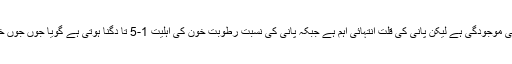
خون کے بہائو میں ایک دوسرا مانع پلازما یا رطوبات خون میں لحمی اجزاء کی موجودگی ہے لیکن پانی کی قلت انتہائی اہم ہے جبکہ پانی کی نسبت رطوبت خون کی اہلیت 1-5 تا دگنا ہوتی ہے گویا جوں جوں خون گاڑھا ہوگا، اس میں پانی کی مقدار کم ہوگی، خون کا دبائو زیادہ بڑھے گا۔